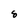
Character: 8